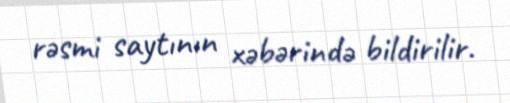
rəsmi saytının xəbərində bildirilir.